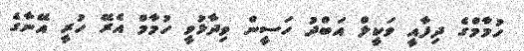
ހުމާމްގެ ދިފާއީ ވަކީލް އަބްދު ހަސީން ވިދާޅުވީ ހުމާމް އެރޭ ހުރީ އޭނާގެ